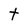
Character: t